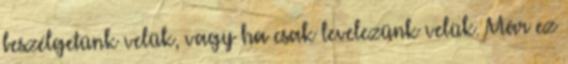
beszélgetünk velük, vagy ha csak levelezünk velük. Már ez